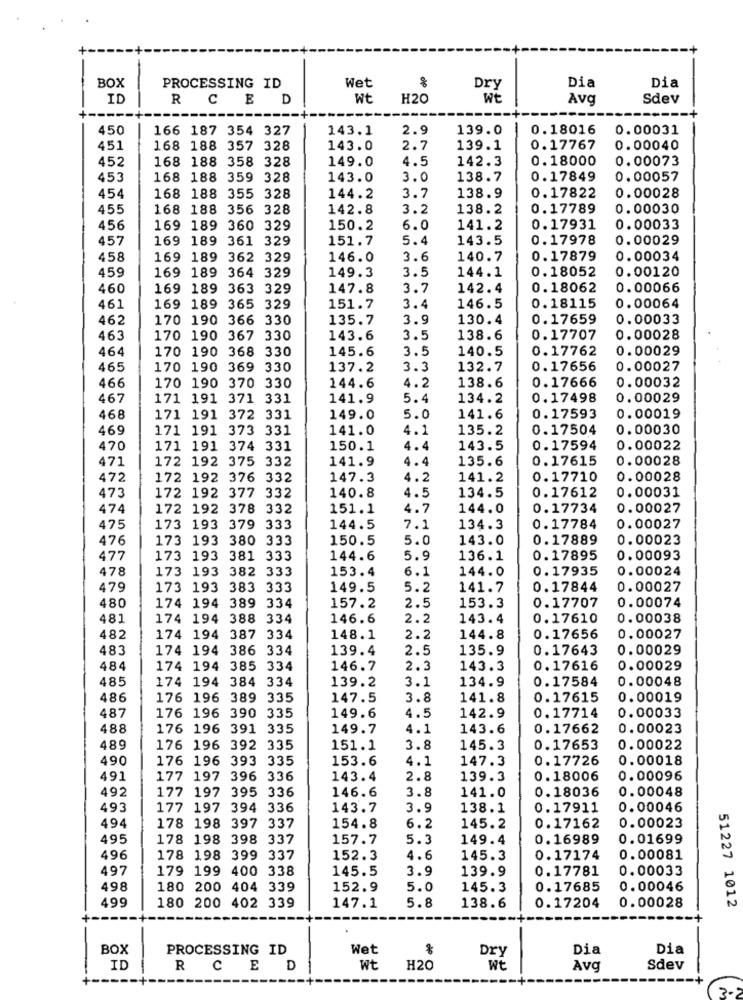
BOX
Wet
PROCESSING ID
Dry
Dia
Dia
ID
RCED
Wt
H20
Wt
Avg
Sdev
450
166 187 354 327
143.1
2.9
139.0
0.18016
0.00031
451
168 188 357 328
143.0
2.7
139.1
0.17767
0. 00040
452
168 188 358 328
149.0
4.5
142.3
0.18000
0.00073
453
168 188 359 328
143.0
3.0
138.7
0.17849
0.00057
454
168 188 355 328
144.2
3.7
138.9
0.17822
0.00028
455
168 188 356 328
142.8
3.2
138.2
0.17789
0.00030
456
169 189 360 329
150.2
6.0
141.2
0.17931
0.00033
457
169 189 361 329
151.7
5.4
143.5
0.17978
0.00029
458
169 189 362 329
146.0
3.6
140.7
0.17879
0.00034
459
3.5
0.18052
0.00120
169 189 364 329
149.3
144.1
460
169 189 363 329
147.8
3.7
142.4
0.18062
0.00066
0.18115
0.00064
461
169 189 365 329
151.7
3.4
146.5
462
170 190 366 330
135.7
3.9
130.4
0.17659
0.00033
463
170 190 367 330
143.6
3.5
138.6
0.17707
0.00028
464
170 190 368 330
145.6
3.5
140.5
0.17762
0.00029
465
170 190 369 330
137.2
3.3
132.7
0.17656
0.00027
466
170 190 370 330
4.2
0.17666
144.6
138.6
0.00032
467
171 191 371 331
141.9
5.4
134.2
0.17498
0.00029
468
171 191 372 331
149.0
5.0
141.6
0.17593
0.00019
469
171 191 373 331
141.0
4.1
135.2
0.17504
0.00030
470
171 191 374 331
150.1
4.4
143.5
0.17594
0.00022
471
172 192 375 332
141.9
4.4
135.6
0.17615
0.00028
472
172 192 376 332
147.3
4.2
141.2
0.17710
0.00028
172 192 377 332
140.8
4.5
0.17612
0.00031
473
134.5
474
172 192 378 332
151.1
4.7
144.0
0.17734
0.00027
475
173 193 379 333
144.5
7.1
134.3
0.17784
0.00027
476
173 193 380 333
150.5
5.0
143.0
0.17889
0.00023
477
173 193 381 333
144.6
5.9
136.1
0.17895
0.00093
478
173 193 382 333
153.4
6.1
144.0
0.17935
0.00024
479
173 193 383 333
149.5
5.2
141.7
0.17844
0.00027
480
174 194 389 334
2.5
0.17707
157.2
153.3
0.00074
481
174 194 388 334
146.6
2.2
143.4
0.17610
0. 00038
482
174 194 387 334
148.1
2.2
144.8
0.17656
0.00027
483
174 194 386 334
139.4
2.5
135.9
0.17643
0.00029
484
174 194 385 334
146.7
2.3
143.3
0.17616
0.00029
485
174 194 384 334
139.2
3.1
134.9
0.17584
0.00048
486
176 196 389 335
147.5
3.8
141.8
0.17615
0.00019
487
176 196 390 335
4.5
142.9
0.17714
0.00033
149.6
488
176 196 391 335
149.7
4.1
143.6
0.17662
0.00023
489
176 196 392 335
151.1
3.8
145.3
0.17653
0.00022
490
176 196 393 335
153.6
4.1
147.3
0.17726
0.00018
491
177 197 396 336
143.4
2.8
139.3
0.18006
0.00096
492
177 197 395 336
146.6
3.8
141.0
0.18036
0.00048
493
177 197 394 336
143.7
3.9
138.1
0.17911
0.00046
494
178 198 397 337
154.8
6.2
145.2
0.17162
0.00023
495
178 198 398 337
157.7
5.3
149.4
0.16989
0.01699
496
178 198 399 337
152.3
4.6
145.3
0.17174
0.00081
497
179 199 400 338
145.5
3.9
139.9
0.17781
0.00033
498
180 200 404 339
152.9
5.0
145.3
0.17685
0.00046
5.8
0.00028
51227 1012
499
180 200 402 339
147.1
138.6
0.17204
BOX
PROCESSING ID
Wet
Dia
Dia
Dry
ID
R
C
E
D
Wt
H20
WE
Avg
Sdev
+ --